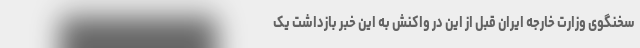
سخنگوی وزارت خارجه ایران قبل از این در واکنش به این خبر بازداشت یک